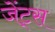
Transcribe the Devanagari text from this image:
जेंट्स